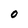
Character: O